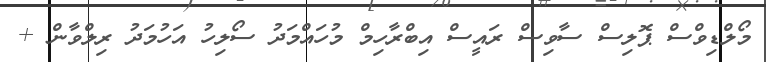
މޯލްޑިވްސް ޕޮލިސް ސާވިސް ރައީސް އިބްރާހިމް މުހައްމަދު ސޯލިހު އަހުމަދު ރިލްވާން +